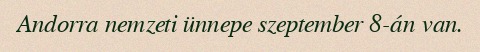
Andorra nemzeti ünnepe szeptember 8-án van.